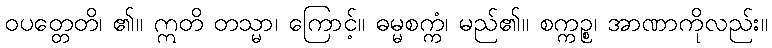
ဝပတ္တေတိ၊ ၏။ ဣတိ တသ္မာ၊ ကြောင့်။ ဓမ္မစက္ကံ၊ မည်၏။ စက္ကဉ္စ၊ အာဏာကိုလည်း။